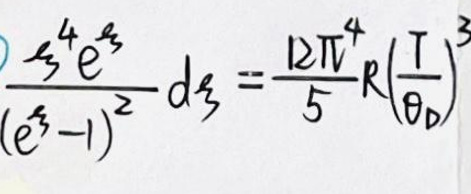
\(\frac{s^{4}e^{s}}{(e^{s}-1)^{2}}ds=\frac{12\pi^{4}}{5}R\left(\frac{T}{\theta_{D}}\right)^{3}\)